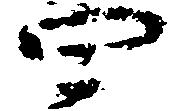
四